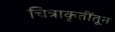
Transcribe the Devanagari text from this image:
चित्राकृतींतून